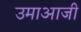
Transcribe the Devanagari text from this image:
उमाआजी